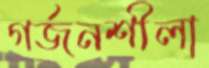
গর্জনশীলা